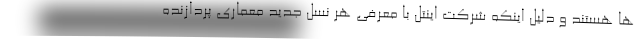
ها هستند و دلیل اینکه شرکت اینتل با معرفی هر نسل جدید معماری پردازنده